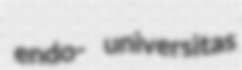
endo- universitas